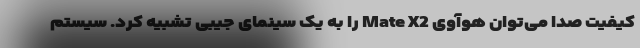
کیفیت صدا می‌توان هوآوی Mate X2 را به یک سینمای جیبی تشبیه کرد. سیستم